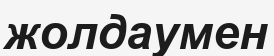
жолдаумен